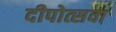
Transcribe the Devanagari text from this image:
दीपोत्सवा